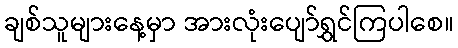
ချစ်သူများနေ့မှာ အားလုံးပျော်ရွှင်ကြပါစေ။